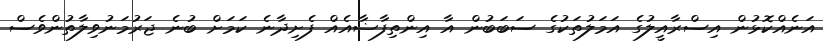
އަނެއްކޮޅުން އިސްރާއީލުގެ އަމަލުތަކުގެ ސަބަބުން އާ އިންތިފާޟާއެއް ފެށިދާނެ ކަމަށް ބުނެ ޖަރުމަނުވިލާތުންވެސް